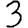
Digit: 3